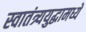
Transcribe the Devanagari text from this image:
स्वातंत्र्ययुद्धामध्ये